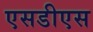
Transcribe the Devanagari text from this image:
एसडीएस